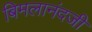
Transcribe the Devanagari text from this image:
बिमलानंदजी